Vaccination report Assam 1874-1896 - 1874-1896
Year: 1874
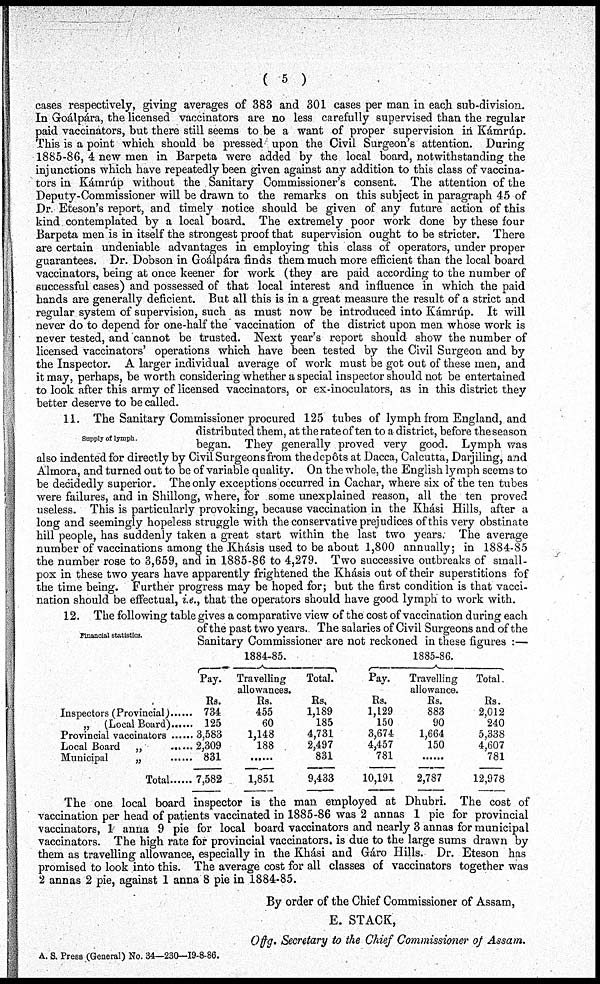
(5)
cases respectively, giving averages of 383 and 301 cases per man in each sub-division.
In Goálpára, the licensed vaccinators are no less carefully supervised than the regular
paid vaccinators, but there still seems to be a want of proper supervision in Kámrúp.
This is a point which should be pressed upon the Civil Surgeon's attention. During
1885-86, 4 new men in Barpeta were added by the local board, notwithstanding the
injunctions which have repeatedly been given against any addition to this class of vaccina-
tors in Kámrúp without the Sanitary Commissioner's consent. The attention of the
Deputy-Commissioner will be drawn to the remarks on this subject in paragraph 45 of
Dr. Eteson's report, and timely notice should be given of any future action of this
kind contemplated by a local board. The extremely poor work done by these four
Barpeta men is in itself the strongest proof that supervision ought to be stricter. There
are certain undeniable advantages in employing this class of operators, under proper
guarantees. Dr. Dobson in Goálpára finds them much more efficient than the local board
vaccinators, being at once keener for work (they are paid according to the number of
successful cases) and possessed of that local interest and influence in which the paid
hands are generally deficient. But all this is in a great measure the result of a strict and
regular system of supervision, such as must now be introduced into Kámrúp. It will
never do to depend for one-half the vaccination of the district upon men whose work is
never tested, and cannot be trusted. Next year's report should show the number of
licensed vaccinators' operations which have been tested by the Civil Surgeon and by
the Inspector. A larger individual average of work must be got out of these men, and
it may, perhaps, be worth considering whether a special inspector should not be entertained
to look after this army of licensed vaccinators, or ex-inoculators, as in this district they
better deserve to be called.
Supply of lymph.
11.
The Sanitary Commissioner procured 125 tubes of lymph from England, and
distributed them, at the rate of ten to a district, before the season
began. They generally proved very good. Lymph was
also indented for directly by Civil Surgeons from the depôts at Dacca, Calcutta, Darjiling, and
Almora, and turned out to be of variable quality. On the whole, the English lymph seems to
be decidedly superior. The only exceptions occurred in Cachar, where six of the ten tubes
were failures, and in Shillong, where, for some unexplained reason, all the ten proved
useless. This is particularly provoking, because vaccination in the Khási Hills, after a
long and seemingly hopeless struggle with the conservative prejudices of this very obstinate
hill people, has suddenly taken a great start within the last two years. The average
number of vaccinations among the Khásis used to be about 1,800 annually; in 1884-85
the number rose to 3,659, and in 1885-86 to 4,279. Two successive outbreaks of small-
pox in these two years have apparently frightened the Khásis out of their superstitions fof
the time being. Further progress may be hoped for; but the first condition is that vacci-
nation should be effectual, i.e., that the operators should have good lymph to work with.
Financial statistics.
12. The following table gives a comparative view of the cost of vaccination during each
of the past two years. The salaries of Civil Surgeons and of the
Sanitary Commissioner are not reckoned in these figures :—
Inspectors(Provincial)......
„ (Local Board)......
Provincial vaccinators........
Local Board „ ............
Municipal „ ...........
Total
1884-85.
Pay.
Rs.
734
125
3,583
2,309
831
7,582
Travelling
allowances.
Rs.
455
60
1,148
188
......
1,851
Total.
Rs.
1,189
185
4,731
2,497
831
9,433
1885-86.
Pay.
Rs.
1,129
150
3,674
4,457
781
10,191
Travelling
allowance.
Rs.
883
90
1,664
150
......
2,787
Total.
Rs.
2,012
240
5,338
4,607
781
12,978
The one local board inspector is the man employed at Dhubri. The cost of
vaccination per head of patients vaccinated in 1885-86 was 2 annas 1 pie for provincial
vaccinators, 1 anna 9 pie for local board vaccinators and nearly 3 annas for municipal
vaccinators. The high rate for provincial vaccinators. is due to the large sums drawn by
them as travelling allowance, especially in the Khási and Gáro Hills. Dr. Eteson has
promised to look into this. The average cost for all classes of vaccinators together was
2 annas 2 pie, against 1 anna 8 pie in 1884-85.
By order of the Chief Commissioner of Assam,
E. STACK,
Offg. Secretary to the Chief Commissioner of Assam.
A. S. Press (General) No. 34—230—19-8-86.